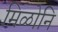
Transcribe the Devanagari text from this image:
मिळोनि